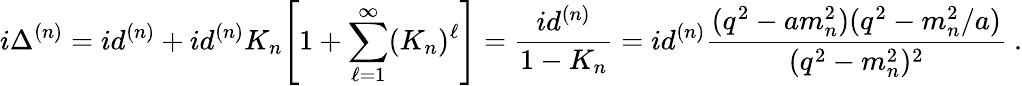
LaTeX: i\Delta^{(n)}=id^{(n)}+id^{(n)}K_{n}\Bigg[1+\sum_{\ell=1}^{\infty}(K_{n})^{\ell}\Bigg]=\frac{id^{(n)}}{1-K_{n}}=id^{(n)}\frac{(q^{2}-am_{n}^{2})(q^{2}-m_{n}^{2}/a)}{(q^{2}-m_{n}^{2})^{2}}~.